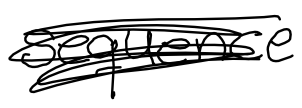
Text: sequence
Cross-out: scratch
Writing tool: digital_black